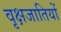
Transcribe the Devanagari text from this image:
वृक्षजातियों